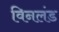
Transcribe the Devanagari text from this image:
विनलंड